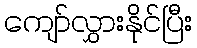
ကျော်လွှားနိုင်ပြီး